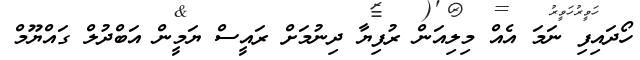
ހޯދައިފި ނަމަ އެއް މިލިއަން ރުފިޔާ ދިނުމަށް ރައީސް ޔަމީން އަބްދުލް ގައްޔޫމް